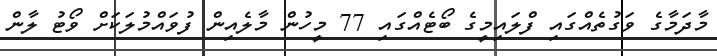
މާދަމާގެ ވަގުތެއްގައި ފްލައިމީގެ ބޯޓެއްގައި 77 މީހުން މާލެއިން ފުވައްމުލަކަށް ވޯޓު ލާން